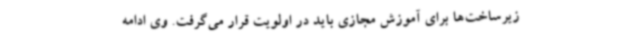
زیرساخت‌ها برای آموزش مجازی باید در اولویت قرار می‌گرفت. وی ادامه